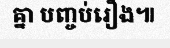
គ្នា បញ្ចប់រឿង៕